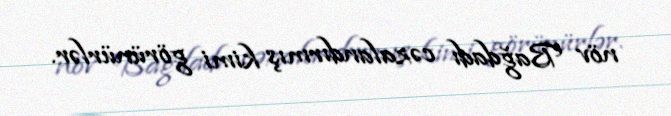
növ Bağdadı cəzalandırmış kimi görünürlər.